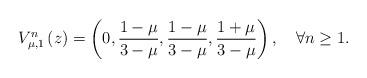
LaTeX: \begin{align*}V_{\mu,1}^{n}\left(z\right)=\left(0,\frac{1-\mu}{3-\mu},\frac{1-\mu}{3-\mu},\frac{1+\mu}{3-\mu}\right),\quad\forall n\geq1.\end{align*}